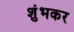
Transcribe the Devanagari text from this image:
शुंभकर